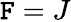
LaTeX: \mathtt{F}=J